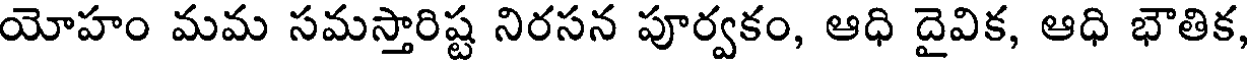
యోహం మమ సమస్తారిష్ట నిరసన పూర్వకం, ఆధి దైవిక, ఆధి భౌతిక,